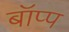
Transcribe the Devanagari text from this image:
बॉप्प